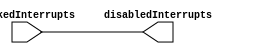
module IMR(
  input wire [7:0] maskedInterrupts,
  output reg [7:0] disabledInterrupts
  );
  always @(maskedInterrupts)
  begin
    disabledInterrupts <= maskedInterrupts;
  end
  
endmodule